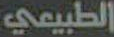
الطبيعي